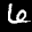
Label: 6